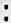
: